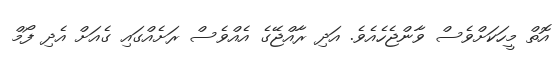
އޮތް މީހަކަށްވެސް ވާންޖެހެއެވެ. އަދި ރާއްޖޭގެ އެއްވެސް ރަށެއްގައި ގެއަށް އެދި ފޯމް